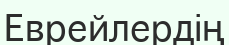
Еврейлердің